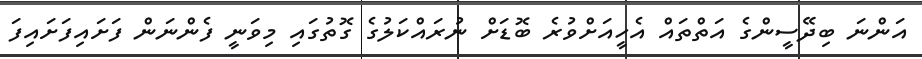
އަންނަ ބިދޭސީންގެ އަތްތައް އެހީއަށްވުރެ ބޮޑަށް ނުރައްކަލުގެ ގޮތުގައި މިވަނީ ފެންނަން ފަށައިފަށައިފަ